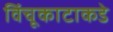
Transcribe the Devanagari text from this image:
विंचूकाटाकडे